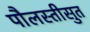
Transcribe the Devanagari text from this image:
पौलस्तीसुत